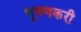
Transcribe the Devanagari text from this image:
भूषणकरी